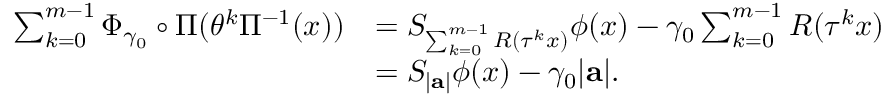
\begin{array} { r l } { \sum _ { k = 0 } ^ { m - 1 } \Phi _ { \gamma _ { 0 } } \circ \Pi ( \theta ^ { k } \Pi ^ { - 1 } ( x ) ) } & { = S _ { \sum _ { k = 0 } ^ { m - 1 } R ( \tau ^ { k } x ) } \phi ( x ) - \gamma _ { 0 } \sum _ { k = 0 } ^ { m - 1 } R ( \tau ^ { k } x ) } \\ & { = S _ { | \mathbf a | } \phi ( x ) - \gamma _ { 0 } | \mathbf a | . } \end{array}